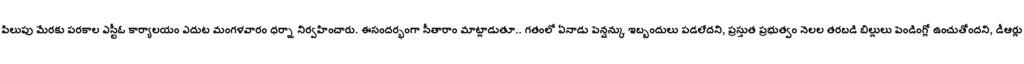
పిలుపు మేరకు పరకాల ఎస్టీఓ కార్యాలయం ఎదుట మంగళవారం ధర్నా నిర్వహించారు. ఈసందర్భంగా సీతారాం మాట్లాడుతూ.. గతంలో ఏనాడు పెన్షన్కు ఇబ్బందులు పడలేదని, ప్రస్తుత ప్రభుత్వం నెలల తరబడి బిల్లులు పెండింగ్లో ఉంచుతోందని, డీఆర్లు